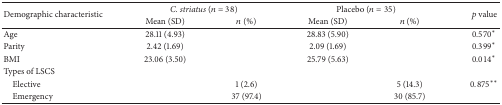
<table><thead><tr><td rowspan="2"><b>Demographic characteristic</b></td><td colspan="2"><b><i>C. striatus </i>(<i>n</i> = 38)</b></td><td colspan="2"><b>Placebo (<i>n</i> = 35)</b></td><td rowspan="2"><b><i>p</i> value</b></td></tr><tr><td><b>Mean (SD)</b></td><td><b><i>n</i> (%)</b></td><td><b>Mean (SD)</b></td><td><b><i>n</i> (%)</b></td></tr></thead><tbody><tr><td>Age</td><td>28.11 (4.93)</td><td> </td><td>28.83 (5.90)</td><td> </td><td>0.570<sup><i>∗</i></sup></td></tr><tr><td>Parity</td><td>2.42 (1.69)</td><td> </td><td>2.09 (1.69)</td><td> </td><td>0.399<sup><i>∗</i></sup></td></tr><tr><td>BMI</td><td>23.06 (3.50)</td><td> </td><td>25.79 (5.63)</td><td> </td><td>0.014<sup><i>∗</i></sup></td></tr><tr><td>Types of LSCS</td><td> </td><td> </td><td> </td><td> </td><td> </td></tr><tr><td> Elective</td><td> </td><td>1 (2.6)</td><td> </td><td>5 (14.3)</td><td>0.875<sup><i>∗∗</i></sup></td></tr><tr><td> Emergency</td><td> </td><td>37 (97.4)</td><td> </td><td>30 (85.7)</td><td> </td></tr></tbody></table>